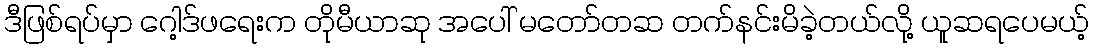
ဒီဖြစ်ရပ်မှာ ဂေါ့ဒ်ဖရေးက တိုမီယာဆု အပေါ် မတော်တဆ တက်နင်းမိခဲ့တယ်လို့ ယူဆရပေမယ့်